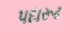
પદારૂઢ